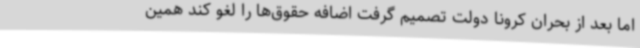
اما بعد از بحران کرونا دولت تصمیم گرفت اضافه حقوق‌ها را لغو کند همین